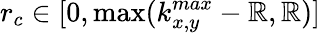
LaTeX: r_{c}\in[0,\operatorname*{max}(k_{x,y}^{max}-\mathbb{R},\mathbb{R})]